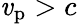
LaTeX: \mathit{v}_{\mathrm{{p}}}>c